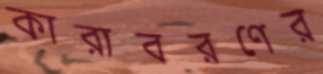
কারাবরণের